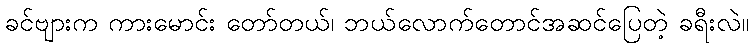
ခင်ဗျားက ကားမောင်း တော်တယ်၊ ဘယ်လောက်တောင်အဆင်ပြေတဲ့ ခရီးလဲ။